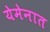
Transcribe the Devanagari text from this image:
येमेनात